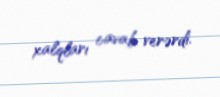
xalqları cavab verərdi.